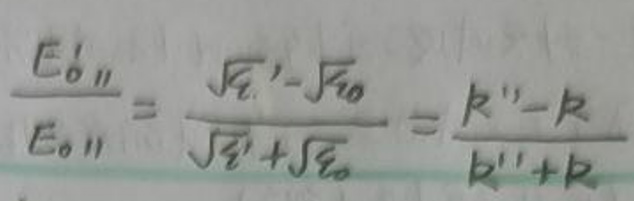
\[
\frac{E_{0\parallel}'}{E_{0\parallel}} = \frac{\sqrt{\varepsilon'} - \sqrt{\varepsilon_0}}{\sqrt{\varepsilon'} + \sqrt{\varepsilon_0}} = \frac{k' - k}{k' + k}
\]